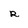
Character: r